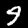
Digit: 9